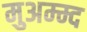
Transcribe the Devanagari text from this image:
मुअम्म्द